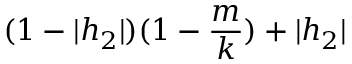
( 1 - | h _ { 2 } | ) ( 1 - \frac { m } { k } ) + | h _ { 2 } |